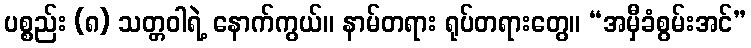
ပစ္စည်း (၈) သတ္တဝါရဲ့ နောက်ကွယ်။ နာမ်တရား ရုပ်တရားတွေ။ “အမှီခံစွမ်းအင်”